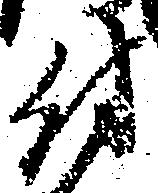
付